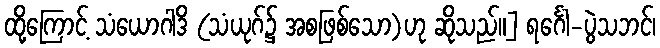
ထို့ကြောင့် သံယောဂါဒိ (သံယုဂ်၌ အစဖြစ်သော)ဟု ဆိုသည်။] ရင်္ဂေါ-ပွဲသဘင်၊